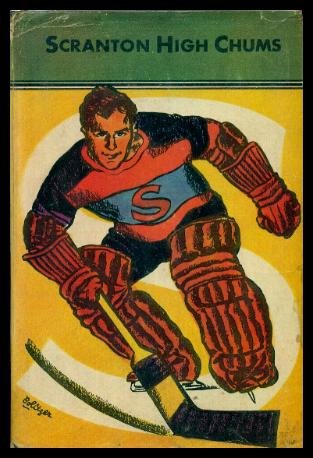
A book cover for THE CHUMS OF SCRANTON HIGH - or Hugh Morgan's Uphill Fight; Donald Ferguson; Crafts, Hobbies & Home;